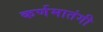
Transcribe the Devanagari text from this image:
कर्णमातंगी